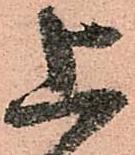
上